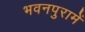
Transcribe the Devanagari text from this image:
भवनपुरामें